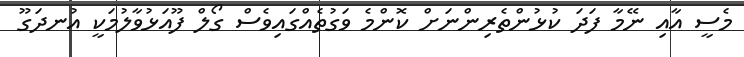
މެސީ އާއި ނޭމާ ފަދަ ކުޅުންތެރިންނަށް ކޮންމެ ވަގުތެއްގައިވެސް ގޯލް ފޫއަޅުވާލުމަކީ އުނދަގޫ